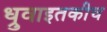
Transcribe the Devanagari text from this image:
ध्रुवाइतकीच